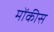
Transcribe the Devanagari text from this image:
मोंकीस